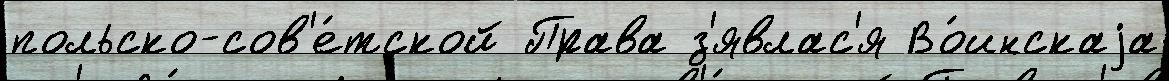
польско-сов'е́тской Права з'явлас'я Во́инскаjа